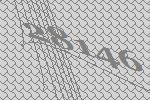
28146